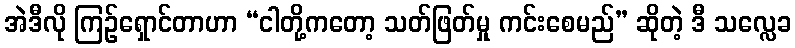
အဲဒီလို ကြဉ်ရှောင်တာဟာ “ငါတို့ကတော့ သတ်ဖြတ်မှု ကင်းစေမည်” ဆိုတဲ့ ဒီ သလ္လေခ